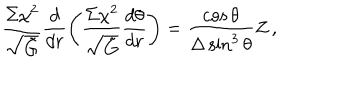
LaTeX: { \frac { \Sigma \chi ^ { 2 } } { \sqrt { \tilde { G } } } } \frac { d } { d r } \left( { \frac { \Sigma \chi ^ { 2 } } { \sqrt { \tilde { G } } } } \frac { d \theta } { d r } \right) = { \frac { \cos \theta } { \Delta \sin ^ { 3 } \theta } } Z \, ,